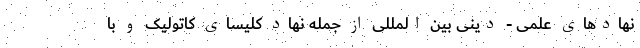
نهاد‌های علمی - دینی بین المللی از جمله نهاد کلیسای کاتولیک و با